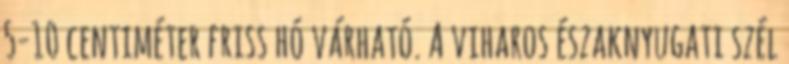
5-10 centiméter friss hó várható. A viharos északnyugati szél